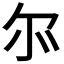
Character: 𫹬